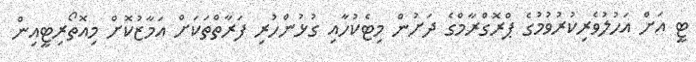
ޓީ އަށް އަހުލުވެރިކުރުވުމުގެ ޕްރޮގްރާމްގެ ދަށުން މިޓެކުހާއި ގުޅުންހުރި ފަރާތްތަކަށް އަމާޒުކޮށް މިއޮތޯރިޓީއިން